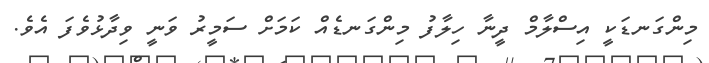
މިންގަނޑަކީ އިސްލާމް ދީނާ ހިލާފު މިންގަނޑެއް ކަމަށް ސަމީރު ވަނީ ވިދާޅުވެފަ އެވެ.